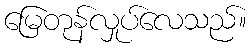
မြေတုန်လှုပ်လေသည်။